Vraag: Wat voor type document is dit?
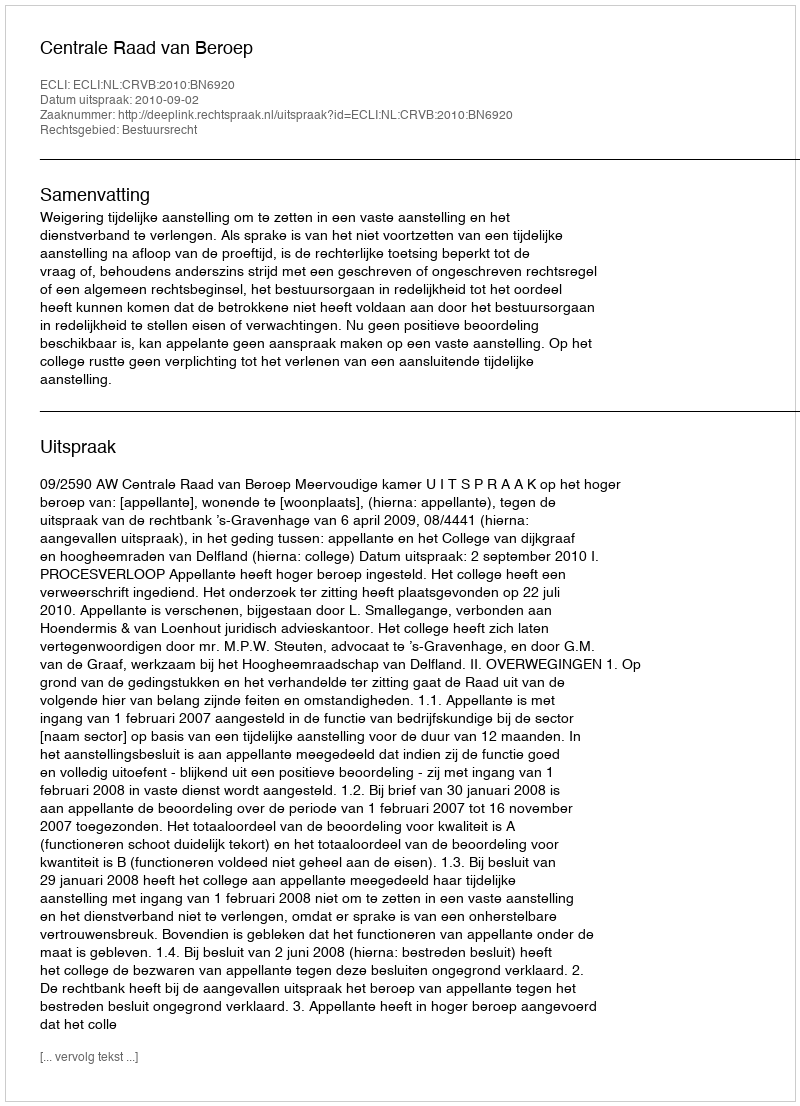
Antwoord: Uitspraak